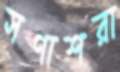
সণাশরা